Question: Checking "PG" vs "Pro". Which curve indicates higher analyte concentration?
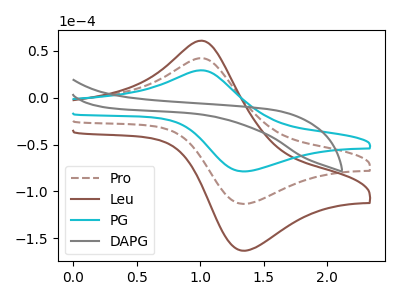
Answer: <think>The brown dashed curve "Pro" has an anodic peak at (1.00V, 42.35uA) and a cathodic peak at (1.35V, -113.30uA). The brown curve "Leu" has an anodic peak at (1.00V, 84.70uA) and a cathodic peak at (1.35V, -226.65uA). The cyan curve "PG" has an anodic peak at (1.00V, 29.40uA) and a cathodic peak at (1.35V, -78.65uA). The gray curve "DAPG" has no peaks.
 All the peaks in "PG" have a peak in "Pro" at the same potential. Every peak in "PG" is lower than every peak in "Pro".</think>
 <answer>"PG" has less signal than "Pro" and so likely has a lower concentration.</answer>
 <eval>less_concentration</eval>